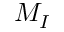
M _ { I }